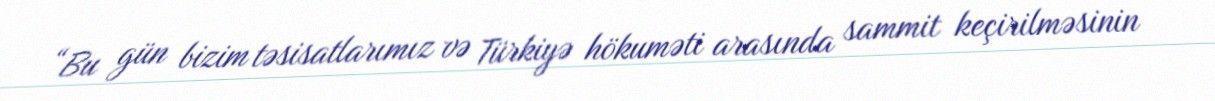
“Bu gün bizim təsisatlarımız və Türkiyə hökuməti arasında sammit keçirilməsinin